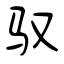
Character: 驭